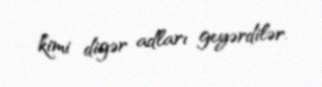
kimi digər adları geyərdilər.